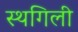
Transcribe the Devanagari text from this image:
स्थगिली